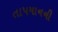
તાપમાનની